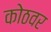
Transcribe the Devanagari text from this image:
कोठवर